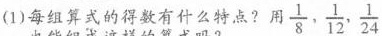
(1)每组算式的得数有什么特点?用\frac{1}{8}, \frac{1}{12}, \frac{1}{24}